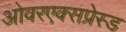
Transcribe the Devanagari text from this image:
ओवरएक्सप्रेस्ड